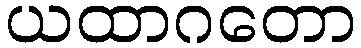
ယထာဂတော